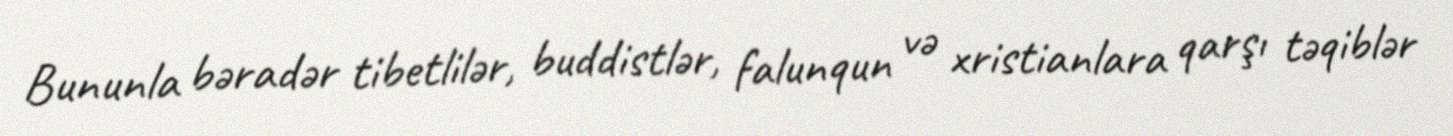
Bununla bəradər tibetlilər, buddistlər, falunqun və xristianlara qarşı təqiblər